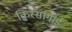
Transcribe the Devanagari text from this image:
क़िस्सागोई